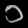
Digit: ၁